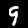
Label: 9